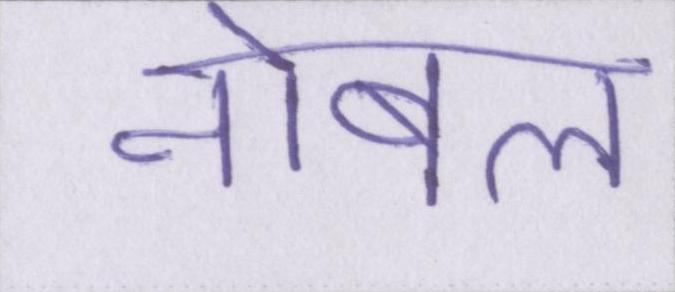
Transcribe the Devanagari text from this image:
नोबल